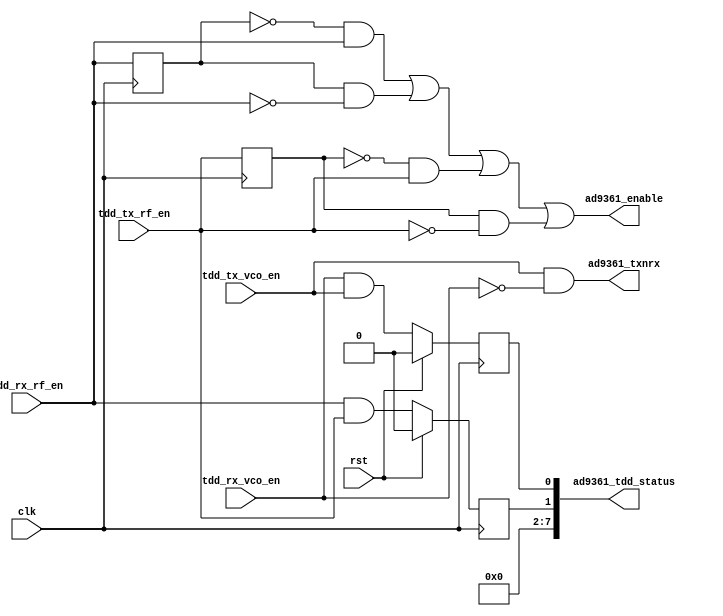
module axi_ad9361_tdd_if(

  // clock

  clk,
  rst,

  // control signals from the tdd control

  tdd_rx_vco_en,
  tdd_tx_vco_en,
  tdd_rx_rf_en,
  tdd_tx_rf_en,

  // device interface

  ad9361_txnrx,
  ad9361_enable,

  // interface status

  ad9361_tdd_status
);

  // parameters

  parameter       MODE_OF_ENABLE = 0;

  localparam      PULSE_MODE = 0;
  localparam      LEVEL_MODE = 1;

  // clock

  input           clk;
  input           rst;

  // control signals from the tdd control

  input           tdd_rx_vco_en;
  input           tdd_tx_vco_en;
  input           tdd_rx_rf_en;
  input           tdd_tx_rf_en;

  // device interface

  output          ad9361_txnrx;
  output          ad9361_enable;

  // interface status

  output  [ 7:0]  ad9361_tdd_status;


  // internal registers

  reg             tdd_rx_rf_en_d = 1'b0;
  reg             tdd_tx_rf_en_d = 1'b0;

  reg             tdd_vco_overlap = 1'b0;
  reg             tdd_rf_overlap = 1'b0;

  wire            ad9361_txnrx_s;
  wire            ad9361_enable_s;

  // just one VCO can be enabled at a time
  assign ad9361_txnrx_s = tdd_tx_vco_en & ~tdd_rx_vco_en;

  always @(posedge clk) begin
    tdd_rx_rf_en_d <= tdd_rx_rf_en;
    tdd_tx_rf_en_d <= tdd_tx_rf_en;
  end

  assign ad9361_enable_s = (MODE_OF_ENABLE == PULSE_MODE) ?
                          ((~tdd_rx_rf_en_d & tdd_rx_rf_en) | (tdd_rx_rf_en_d & ~tdd_rx_rf_en) |
                           (~tdd_tx_rf_en_d & tdd_tx_rf_en) | (tdd_tx_rf_en_d & ~tdd_tx_rf_en)) :
                           (tdd_rx_rf_en | tdd_tx_rf_en);

  always @(posedge clk) begin
    if(rst == 1'b1) begin
      tdd_vco_overlap <= 1'b0;
      tdd_rf_overlap <= 1'b0;
    end else begin
      tdd_vco_overlap <= tdd_rx_vco_en & tdd_tx_vco_en;
      tdd_rf_overlap <= tdd_rx_rf_en & tdd_tx_rf_en;
    end
  end

  assign ad9361_tdd_status = {6'b0, tdd_rf_overlap, tdd_vco_overlap};

  assign ad9361_txnrx = ad9361_txnrx_s;
  assign ad9361_enable = ad9361_enable_s;

endmodule